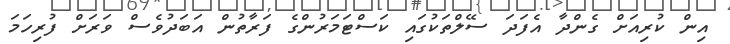
އިން ކުރިއަށް ގެންދާ އެފަދަ ސޭލްތަކުގައި ކަސްޓަމަރުންގެ ފަރާތުން އަބަދުވެސް ވަރަށް ފުރިހަމަ